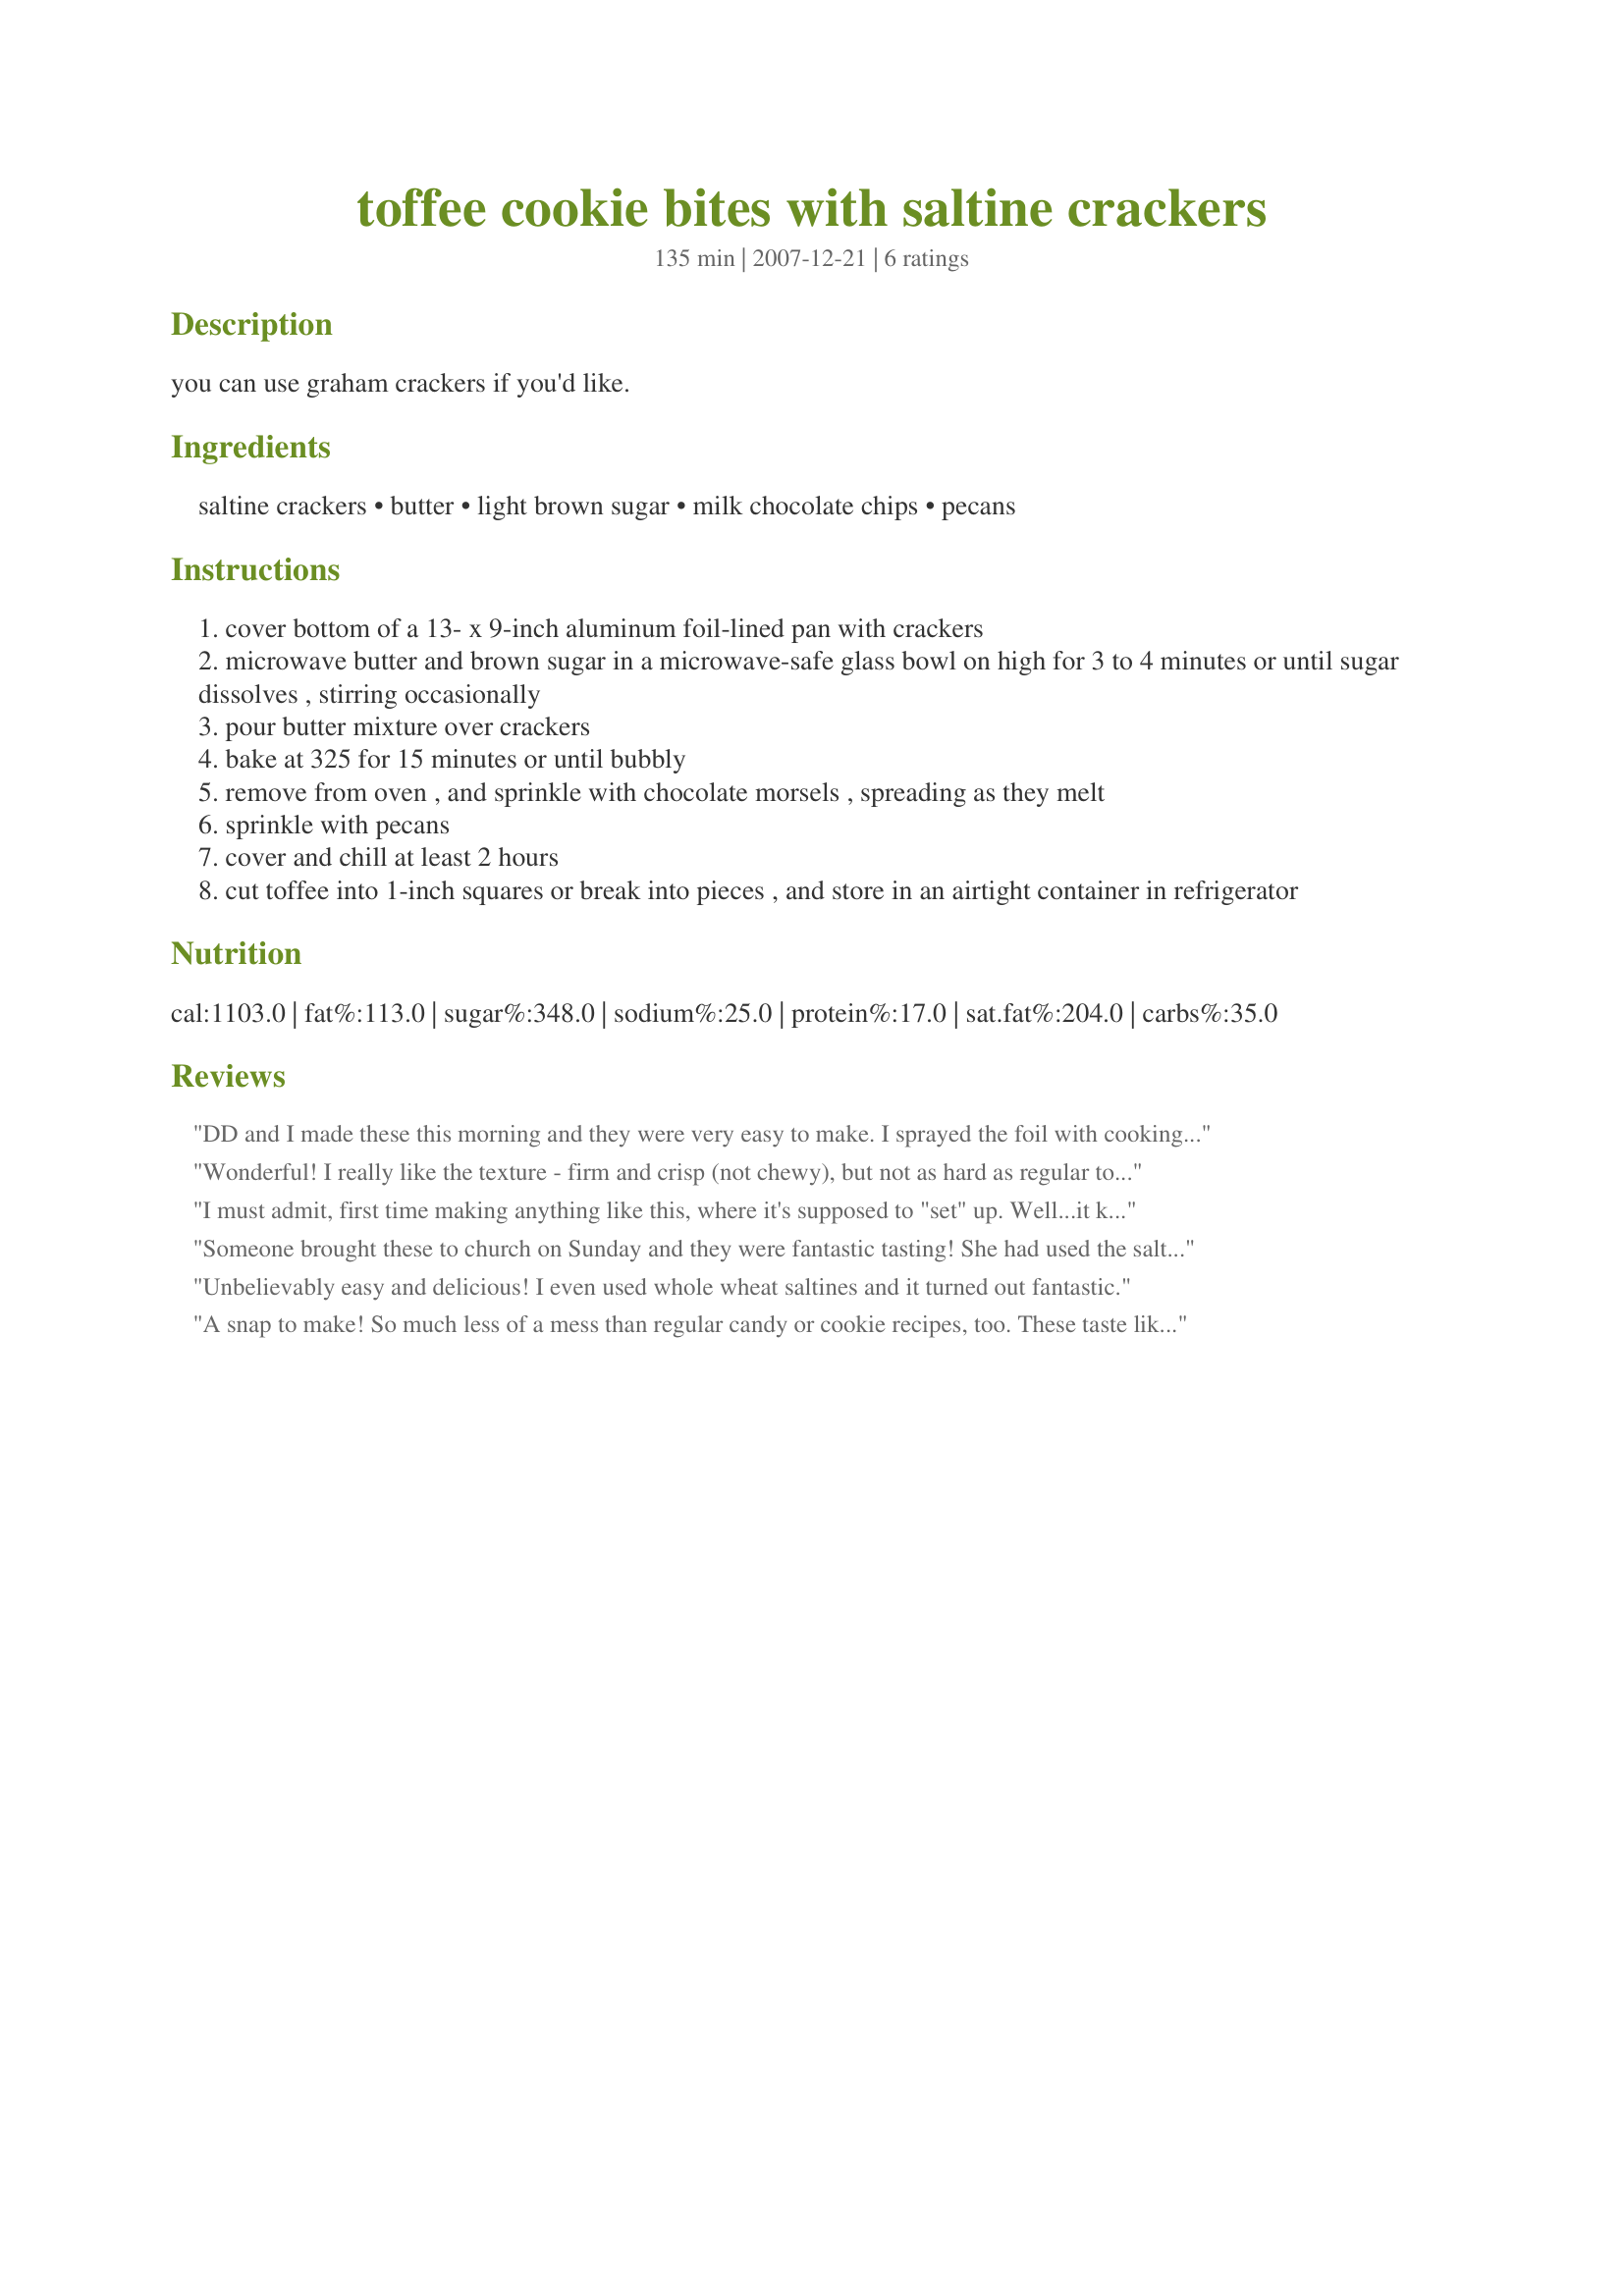
toffee cookie bites with saltine crackers
Preparation time: 135 minutes

you can use graham crackers if you'd like.

Ingredients:
saltine crackers, butter, light brown sugar, milk chocolate chips, pecans

Steps:
cover bottom of a 13- x 9-inch aluminum foil-lined pan with crackers
microwave butter and brown sugar in a microwave-safe glass bowl on high for 3 to 4 minutes or until sugar dissolves , stirring occasionally
pour butter mixture over crackers
bake at 325 for 15 minutes or until bubbly
remove from oven , and sprinkle with chocolate morsels , spreading as they melt
sprinkle with pecans
cover and chill at least 2 hours
cut toffee into 1-inch squares or break into pieces , and store in an airtight container in refrigerator

Reviews:
DD and I made these this morning and they were very easy to make. I sprayed the foil with cooking spray, and everything came right off. I used 1 stick of parkay which is equal to 1/2 cup (had no butter) and 1 cup of brown sugar. I dissolved on the stove top for a few minutes and poured it on the crackers, and spread it around a bit. I didn't count the crackers, but I used one "sleeve" of saltines, that I was afraid was gonna go stale. It worked out perfectly, these are soooo addicting. I crushed up some pecans and covered 1/2 of the pan with them, left the other 1/2 just the yummy chocolate. I used mini chips, and they melted great, spread them around and put in the fridge...heavenly!
Wonderful! I really like the texture - firm and crisp (not chewy), but not as hard as regular toffee can be, so your teeth will appreciate it! Oh, and it's much easier to make without sacrificing taste. I used buttery club crackers to make this recipe. These are way too addictive, though!
I must admit, first time making anything like this, where it's supposed to "set" up. Well...it kind of did for me...I realize, I did not boil the sugar/butter mixture long enough as my toffee part is chewy and grainy. The flavor though, is great. I will make these again and would fully expect to give it 5 stars. They're so easy and very delicious. Can't wait until the next batch and my concentrating better on the boil time. Thanks for sharing!
Someone brought these to church on Sunday and they were fantastic tasting! She had used the saltine when making hers. I can see from the directions that they will be an easy snack to make.
Unbelievably easy and delicious! I even used whole wheat saltines and it turned out fantastic.
A snap to make! So much less of a mess than regular candy or cookie recipes, too. These taste like real toffee. Most people can not believe they are saltine crackers.
